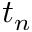
t _ { n }